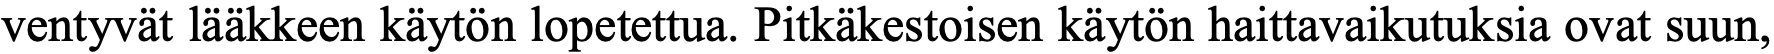
ventyvät lääkkeen käytön lopetettua. Pitkäkestoisen käytön haittavaikutuksia ovat suun,